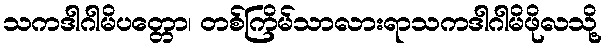
သကဒါဂါမိပတ္တော၊ တစ်ကြိမ်သာလားရာသကဒါဂါမိဖိုလသို့